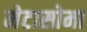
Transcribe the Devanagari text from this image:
मेटासोमा